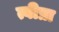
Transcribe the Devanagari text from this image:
त्वीप्रा